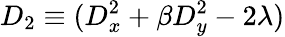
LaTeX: D_{2}\equiv(D_{x}^{2}+\beta D_{y}^{2}-2\lambda)